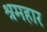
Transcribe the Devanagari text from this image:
श्रमहार